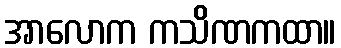
အာလောက ကသိဏကထာ။